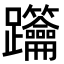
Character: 𨈋